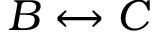
B \leftrightarrow C